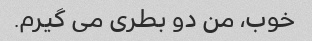
خوب، من دو بطری می گیرم.